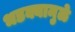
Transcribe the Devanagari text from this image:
भडक्यामुळे